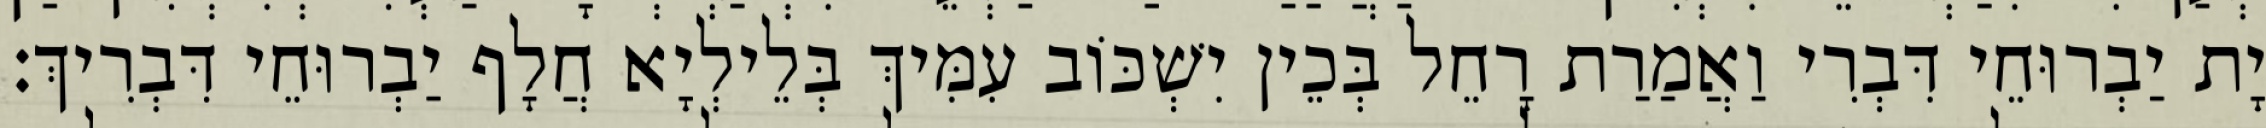
יָת יַבְרוּחֵי דִּבְרִי וַאֲמַרַת רָחֵל בְּכֵין יִשְׁכּוֹב עִמִּיךְ בְּלֵילְיָא חֲלָף יַבְרוּחֵי דִּבְרִיךְ׃